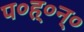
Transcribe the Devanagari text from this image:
प०ह्०न्०